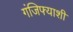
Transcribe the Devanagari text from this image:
गंजिफ्याशी